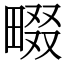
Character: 畷